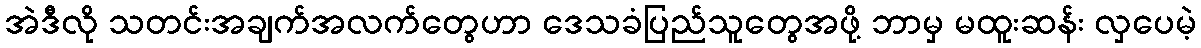
အဲဒီလို သတင်းအချက်အလက်တွေဟာ ဒေသခံပြည်သူတွေအဖို့ ဘာမှ မထူးဆန်း လှပေမဲ့